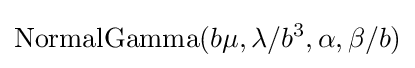
{\rm {NormalGamma}}(b\mu ,\lambda /b^{3},\alpha ,\beta /b)